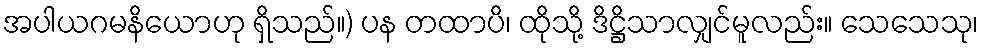
အပါယဂမနိယောဟု ရှိသည်။) ပန တထာပိ၊ ထိုသို့ ဒိဋ္ဌိသာလျှင်မူလည်း။ သေသေသု၊